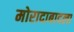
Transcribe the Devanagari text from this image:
मोरादाबादला